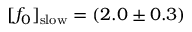
[ f _ { 0 } ] _ { \mathrm { s l o w } } = ( 2 . 0 \pm 0 . 3 )